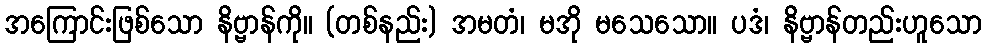
အကြောင်းဖြစ်သော နိဗ္ဗာန်ကို။ (တစ်နည်း) အမတံ၊ မအို မသေသော။ ပဒံ၊ နိဗ္ဗာန်တည်းဟူသော